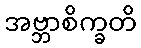
အဗ္ဘာစိက္ခတိ